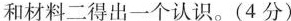
和材料二得出一个认识。(4分)